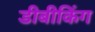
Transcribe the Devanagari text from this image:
डीबीकिंग